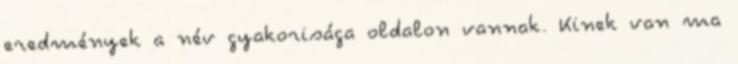
eredmények a név gyakorisága oldalon vannak. Kinek van ma